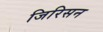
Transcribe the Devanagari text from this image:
जिरिसन